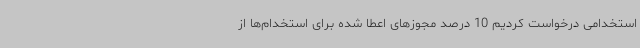
استخدامی درخواست کردیم 10 درصد مجوزهای اعطا شده برای استخدام‌ها از